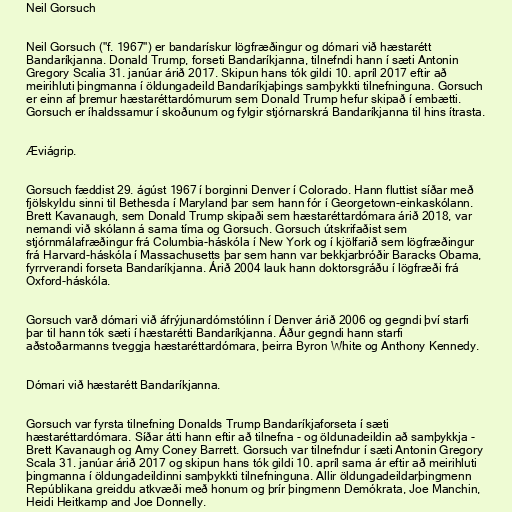
Neil Gorsuch

Neil Gorsuch ("f. 1967") er bandarískur lögfræðingur og dómari við hæstarétt
Bandaríkjanna. Donald Trump, forseti Bandaríkjanna, tilnefndi hann í sæti Antonin
Gregory Scalia 31. janúar árið 2017. Skipun hans tók gildi 10. apríl 2017 eftir að
meirihluti þingmanna í öldungadeild Bandaríkjaþings samþykkti tilnefninguna. Gorsuch
er einn af þremur hæstaréttardómurum sem Donald Trump hefur skipað í embætti.
Gorsuch er íhaldssamur í skoðunum og fylgir stjórnarskrá Bandaríkjanna til hins ítrasta.

Æviágrip.

Gorsuch fæddist 29. ágúst 1967 í borginni Denver í Colorado. Hann fluttist síðar með
fjölskyldu sinni til Bethesda í Maryland þar sem hann fór í Georgetown-einkaskólann.
Brett Kavanaugh, sem Donald Trump skipaði sem hæstaréttardómara árið 2018, var
nemandi við skólann á sama tíma og Gorsuch. Gorsuch útskrifaðist sem
stjórnmálafræðingur frá Columbia-háskóla í New York og í kjölfarið sem lögfræðingur
frá Harvard-háskóla í Massachusetts þar sem hann var bekkjarbróðir Baracks Obama,
fyrrverandi forseta Bandaríkjanna. Árið 2004 lauk hann doktorsgráðu í lögfræði frá
Oxford-háskóla.

Gorsuch varð dómari við áfrýjunardómstólinn í Denver árið 2006 og gegndi því starfi
þar til hann tók sæti í hæstarétti Bandaríkjanna. Áður gegndi hann starfi
aðstoðarmanns tveggja hæstaréttardómara, þeirra Byron White og Anthony Kennedy.

Dómari við hæstarétt Bandaríkjanna.

Gorsuch var fyrsta tilnefning Donalds Trump Bandaríkjaforseta í sæti
hæstaréttardómara. Síðar átti hann eftir að tilnefna - og öldunadeildin að samþykkja -
Brett Kavanaugh og Amy Coney Barrett. Gorsuch var tilnefndur í sæti Antonin Gregory
Scala 31. janúar árið 2017 og skipun hans tók gildi 10. apríl sama ár eftir að meirihluti
þingmanna í öldungadeildinni samþykkti tilnefninguna. Allir öldungadeildarþingmenn
Repúblikana greiddu atkvæði með honum og þrír þingmenn Demókrata, Joe Manchin,
Heidi Heitkamp and Joe Donnelly.